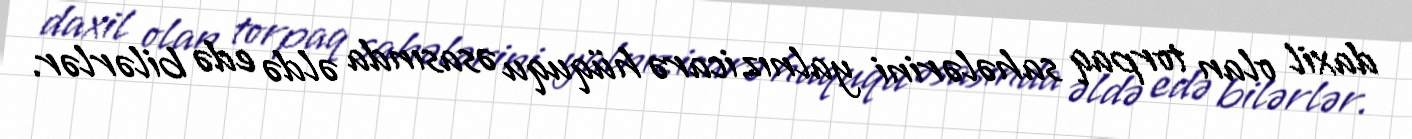
daxil olan torpaq sahələrini yalnız icarə hüququ əsasında əldə edə bilərlər.